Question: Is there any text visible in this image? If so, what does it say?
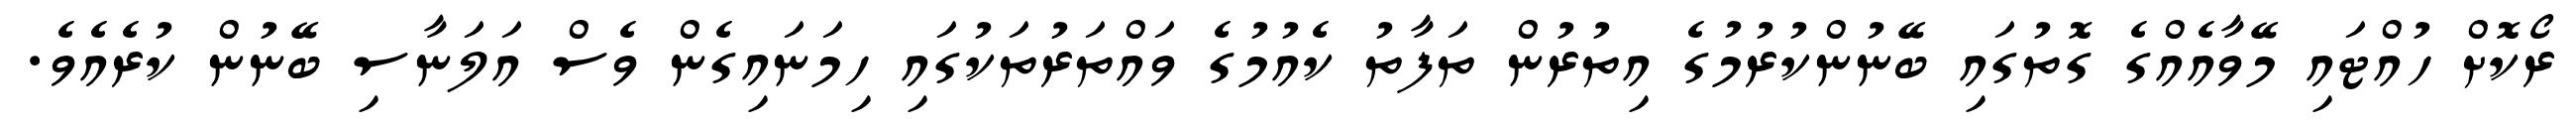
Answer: ރޯކޮށް ހުއްޓައި މޭވާއެއްގެ ގޮތުގައި ބޭނުންކުރުމުގެ އިތުރުން ތަފާތު ކެއުމުގެ ވައްތަރުތަކުގައި ހިމަނައިގެން ވެސް އަލަނާސި ބޭނުން ކުރެއެވެ.